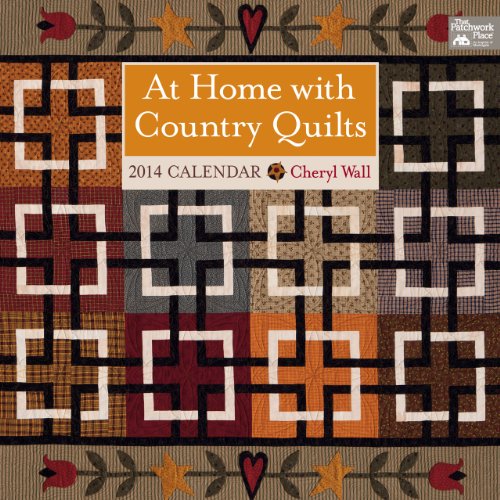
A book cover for At Home with Country Quilts 2014 Calendar; Cheryl Wall; Calendars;